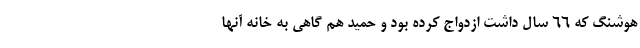
هوشنگ که ۶۶ سال داشت ازدواج کرده بود و حمید هم گاهی به خانه آنها